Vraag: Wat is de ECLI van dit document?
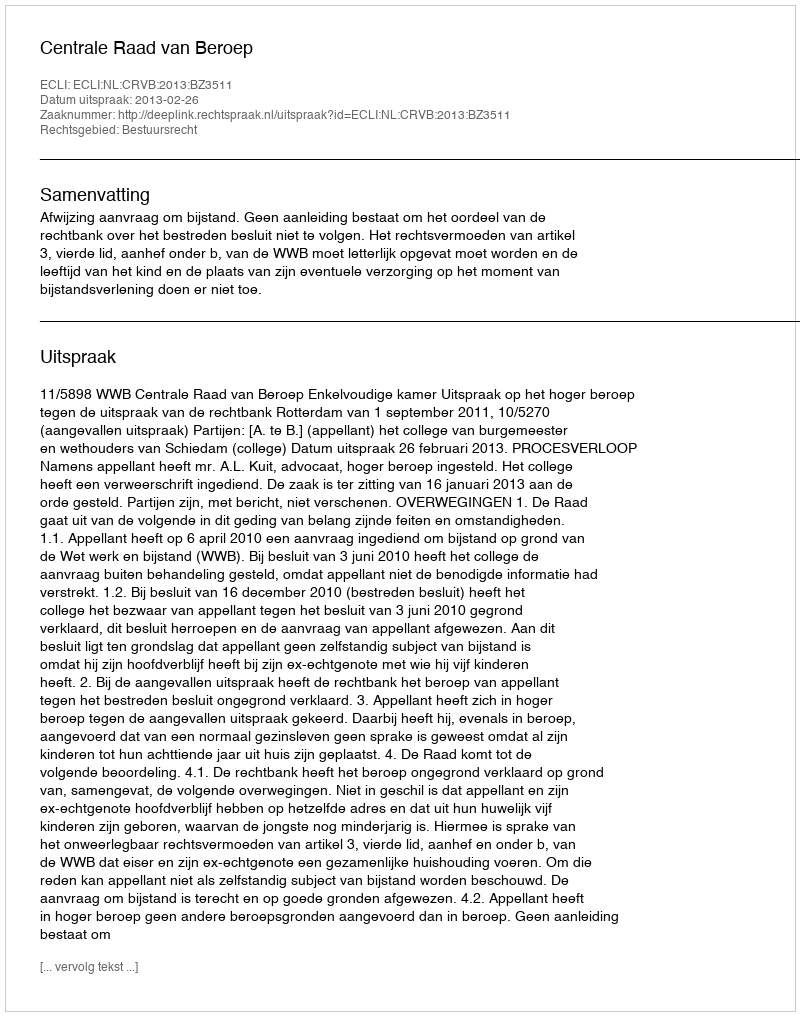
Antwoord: ECLI:NL:CRVB:2013:BZ3511